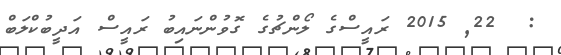
:  22